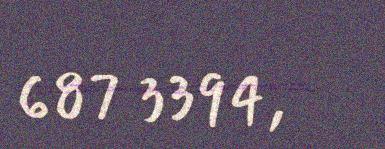
687 3394,